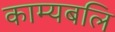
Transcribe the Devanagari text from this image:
काम्यबलि